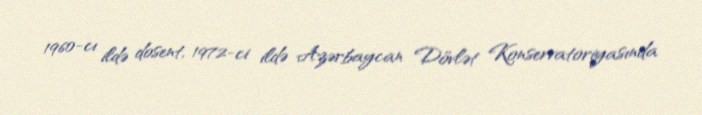
1960-cı ildə dosent, 1972-ci ildə Azərbaycan Dövlət Konservatoriyasında